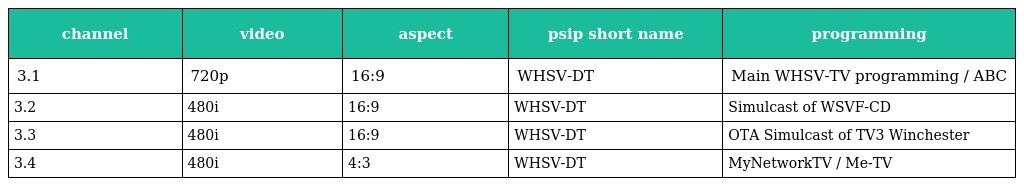
| channel | video | aspect | psip short name | programming |
 | --- | --- | --- | --- | --- |
 | 3.1 | 720p | 16:9 | WHSV-DT | Main WHSV-TV programming / ABC |
 | 3.2 | 480i | 16:9 | WHSV-DT | Simulcast of WSVF-CD |
 | 3.3 | 480i | 16:9 | WHSV-DT | OTA Simulcast of TV3 Winchester |
 | 3.4 | 480i | 4:3 | WHSV-DT | MyNetworkTV / Me-TV |